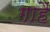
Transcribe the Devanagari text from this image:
गाहैं